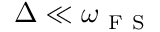
\Delta \ll \omega _ { \mathrm { ~ F ~ S ~ } }